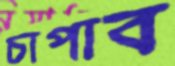
চাপাব